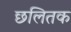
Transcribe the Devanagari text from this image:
छलितक